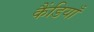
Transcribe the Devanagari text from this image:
कैंडियाँ